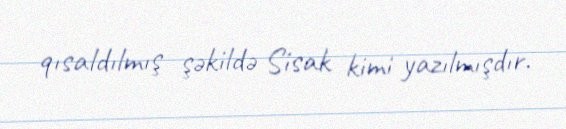
qısaldılmış şəkildə Sisak kimi yazılmışdır.